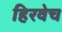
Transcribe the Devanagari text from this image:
हिरवेच